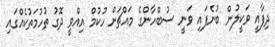
ދިފާއީ ވަކީލުން ބުނެފައި ވަނީ ސުބްހާންގެ މައްޗަށް ހުކުމް އިއްވީ ދޮގު ތުހުމަތުކެއްގައި